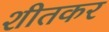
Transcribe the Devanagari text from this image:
शीतकर